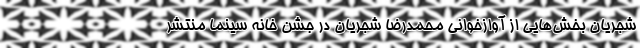
شجریان بخش‌هایی از آوازخوانی محمدرضا شجریان در جشن خانه سینما منتشر